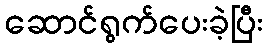
ဆောင်ရွက်ပေးခဲ့ပြီး